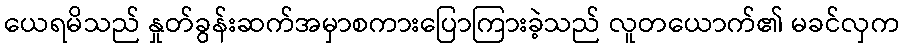
ယေရမိသည် နှုတ်ခွန်းဆက်အမှာစကားပြောကြားခဲ့သည် လူတယောက်၏ မခင်လှက